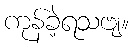
ကုန်ခဲ့ရသဗျ။